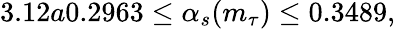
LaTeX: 3.12a0.2963\leq\alpha_{s}(m_{\tau})\leq 0.3489,